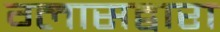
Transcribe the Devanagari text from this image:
ग्लासद्वारा